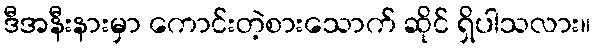
ဒီအနီးနားမှာ ကောင်းတဲ့စားသောက် ဆိုင် ရှိပါသလား။